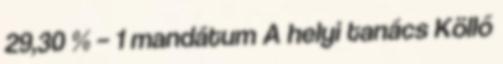
29,30 % – 1 mandátum A helyi tanács Köllő